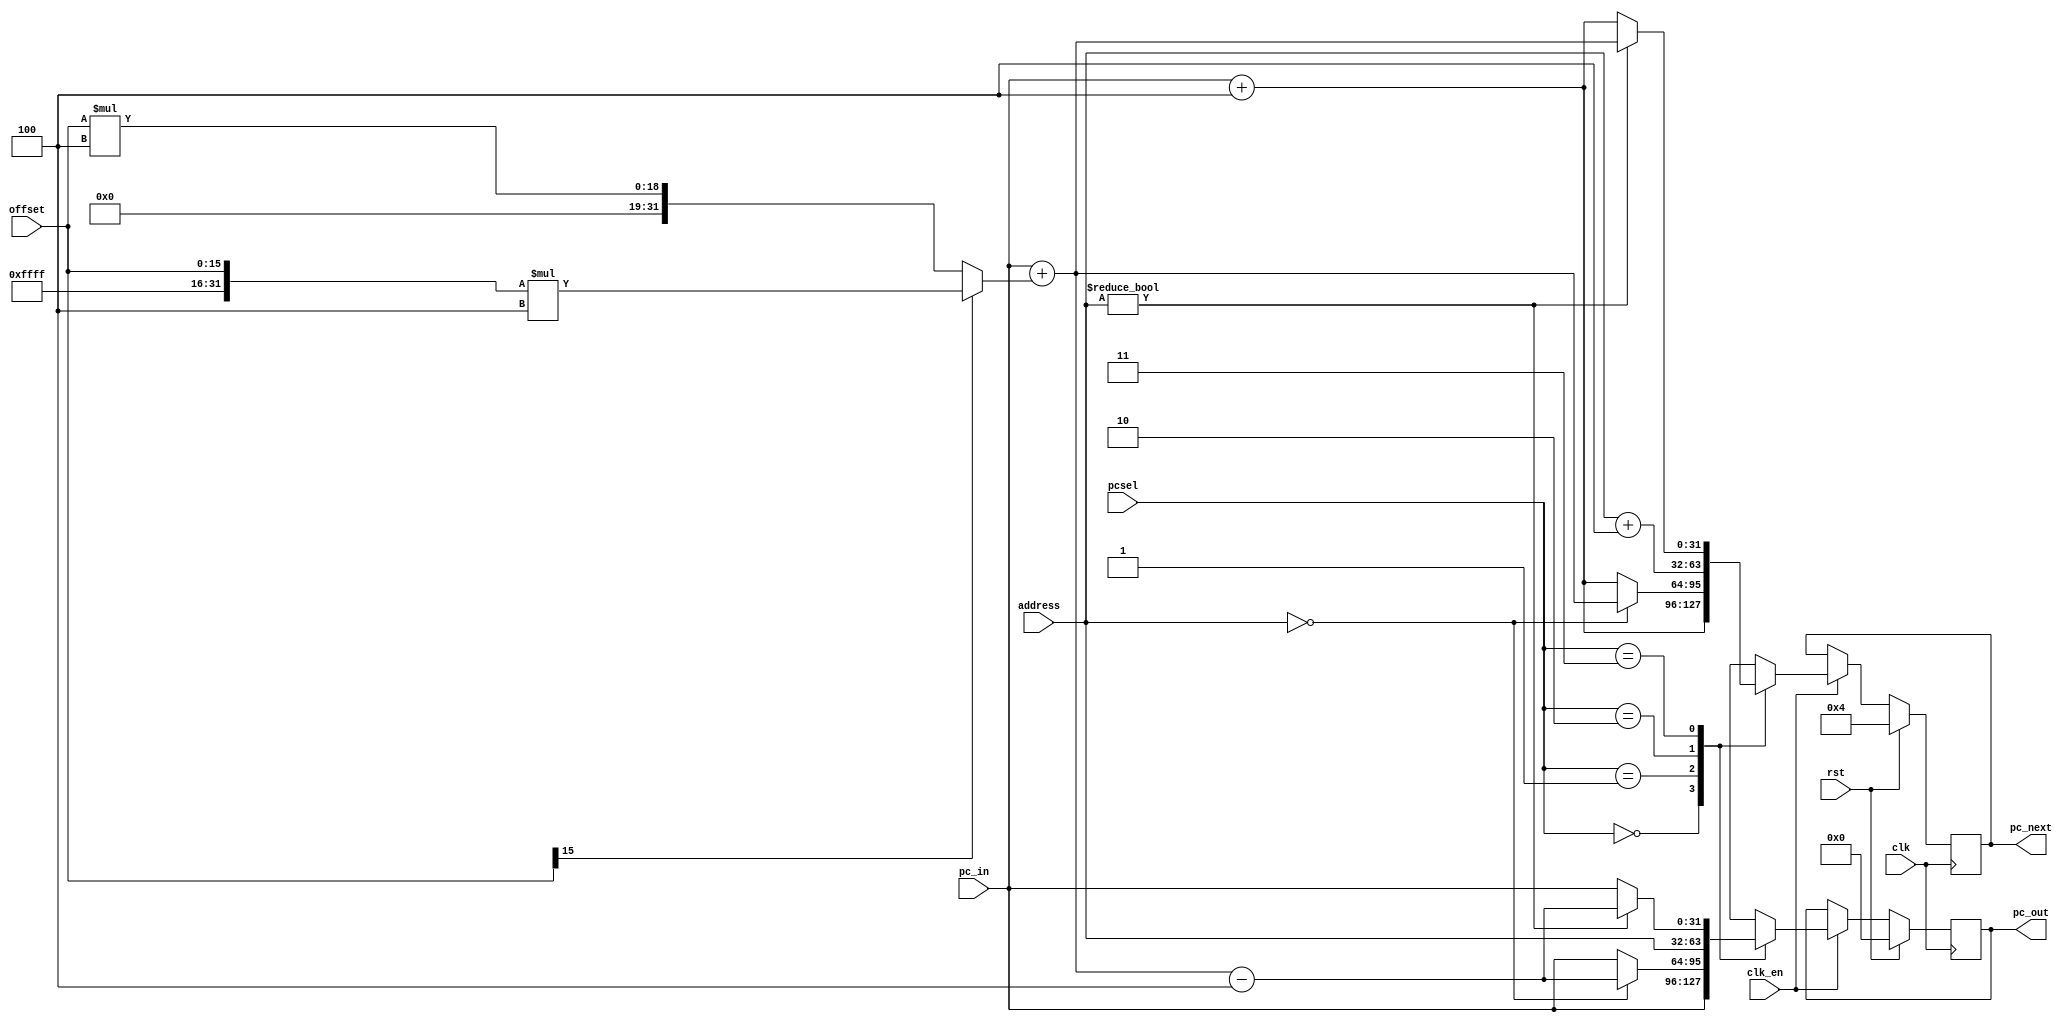
`define NORMAL 2'b00
`define BEQ    2'b01
`define JMP    2'b10
`define BNE    2'b11

module program_counter(
	input  wire clk,
	input  wire clk_en,
	input  wire rst,
	input  wire [1:0]  pcsel,
	input  wire [31:0] pc_in,
	input  wire [15:0] offset,
	input  wire [31:0] address,
	output reg  [31:0] pc_out,
	output reg  [31:0] pc_next
);
	wire [31:0] offset_32;
	assign offset_32 = (offset[15] == 1'b0) ? {16'h0000, offset} * 32'd4 : {16'hffff, offset} * 32'd4;
	wire [31:0] reg_val;
	assign reg_val = address;

	always @(posedge(clk)) begin
		if(rst) begin
			pc_out  <= 32'b0;
			pc_next <= 32'd4;
		end else begin
			if(clk_en) begin
				case(pcsel)
					`NORMAL : begin 
						pc_out  <= pc_in;
						pc_next <= pc_in + 32'd4;
					end
					
					`BEQ    : begin 
						if (reg_val == 32'b0) begin
							// PC has already got pc_in as pc_curr when IM has detected the branching instruction
							// pc_out  <= pc_in + offset_32;
							// pc_next <= pc_in + offset_32 + 32'd4;
							pc_out  <= pc_in + offset_32 - 32'd4;
							pc_next <= pc_in + offset_32;
						end else begin
							pc_out  <= pc_in;
							pc_next <= pc_in + 32'd4;
						end
					end
						
					`JMP   : begin
						pc_out  <= address;
						pc_next <= address + 32'd4;
					end
					
					`BNE    : 
						begin
							if (reg_val != 32'b0) begin
								// PC has already got pc_in as pc_curr when IM has detected the branching instruction
								// pc_out  <= pc_in + offset_32;
								// pc_next <= pc_in + offset_32 + 32'd4;
								pc_out  <= pc_in + offset_32 - 32'd4;
								pc_next <= pc_in + offset_32;
							end else begin
								pc_out  <= pc_in;
								pc_next <= pc_in + 32'd4;
							end
						end
				endcase		
			end
		end
	end
endmodule